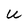
Character: U